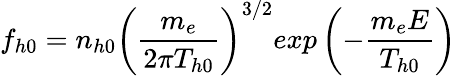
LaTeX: f_{h0}=n_{h0}\left(\frac{m_{e}}{2\pi T_{h0}}\right)^{3/2}exp\left(-\frac{m_{e}E}{T_{h0}}\right)